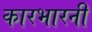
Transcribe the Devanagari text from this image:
कारभारनी